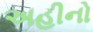
અહીનો